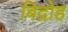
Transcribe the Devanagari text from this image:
बिद्रोह